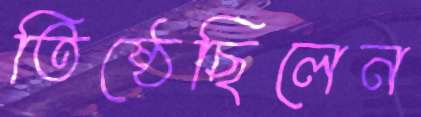
তিষ্ঠেছিলেন